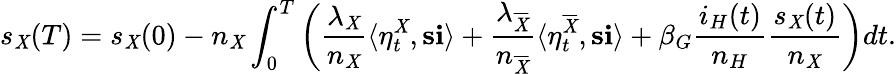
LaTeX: s_{\mathit{X}}(T)=s_{\mathit{X}}(0)-n_{\mathit{X}}\int_{0}^{T}\left(\frac{{\lambda_{\mathit{X}}}}{{n_{\mathit{X}}}}\langle\eta_{t}^{\mathit{X}},\mathbf{{s}}\mathbf{{i}}\rangle+\frac{{\lambda_{\overline{{{\mathit{X}}}}}}}{{n_{\overline{{{\mathit{X}}}}}}}\langle\eta_{t}^{\overline{{{\mathit{X}}}}},\mathbf{{s}}\mathbf{{i}}\rangle+\beta_{G}\frac{{i_{H}(t)}}{{n_{H}}}\frac{{s_{\mathit{X}}(t)}}{{n_{\mathit{X}}}}\right)dt.